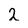
Character: 2